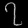
Digit: ၇